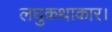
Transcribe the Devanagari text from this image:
लघुकथाकार।